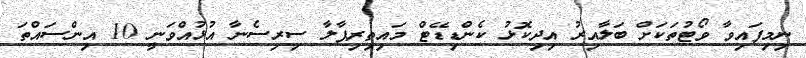
ނިމިފައިވާ ވޯޓުތަކަށް ބަލާއިރު އިދިކޮޅު ކެންޑިޑޭޓް މައިތިރިޕާލާ ސިރިސެނާ އުޅުއްވަނީ 10 އިންސައްތަ